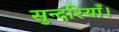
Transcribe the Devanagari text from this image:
सुन्दरियाँ।